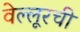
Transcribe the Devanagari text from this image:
वेल्लूरची